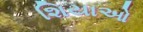
શિયાઓ